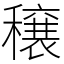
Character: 穣